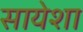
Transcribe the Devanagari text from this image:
सायेशा